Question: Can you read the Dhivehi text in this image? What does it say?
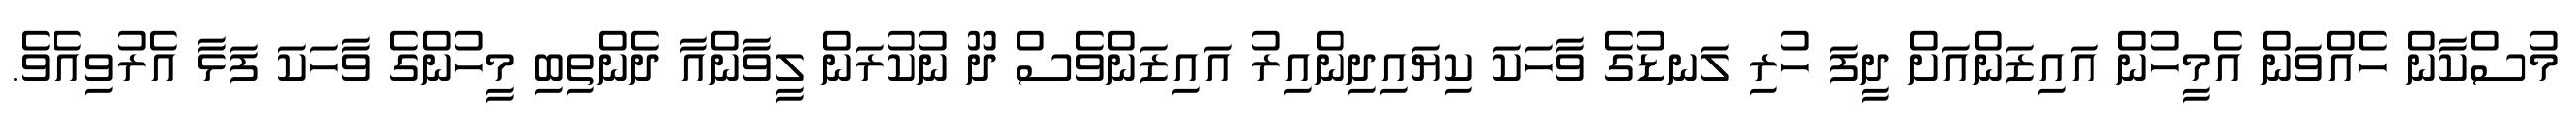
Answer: މުސްކާން ހެއްވަން އެމީހުން އައިޒަންއަށް ދީފަ ހުރި ލަނޑުގެ ވާހަކަ ކިޔައިދިންއިރު އައިޒަންވެސް ދޫ ނުކުރަން ލީވާންއާ ދެންތިބި މީހުންގެ ވާހަކަ ފަޅާ އެރުވިއެވެ.